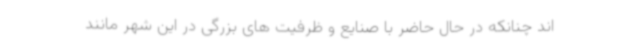
اند چنانکه در حال حاضر با صنایع و ظرفیت های بزرگی در این شهر مانند